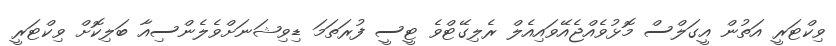
ވިކްޓަރީ އަތުން އީގަލްސް މޮޅުވެއްޖެއޭވައިއެލް ރެލިގޭޓްވެ ޓީސީ ފުރަތަމަ ޑިވިޝަނަށްވެލެންސިއާ ބަލިކޮށް ވިކްޓަރީ